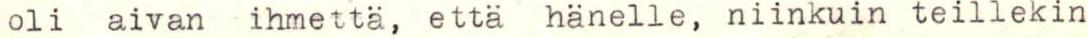
oli aivan  ihmettä, että hänelle, niinkuin teillekin